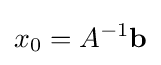
x_{0}=A^{-1}\mathbf {b}